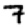
Digit: 7